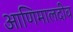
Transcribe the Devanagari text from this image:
आणिमालदीव